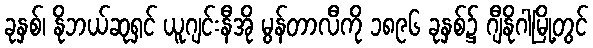
ခုနှစ်၊ နိုဘယ်ဆုရှင် ယူဂျင်းနီအို မွန်တာလီကို ၁၈၉၆ ခုနှစ်၌ ဂျီနိုဂါမြို့တွင်